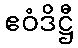
ဧဝံဒိဋ္ဌီ